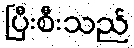
ပြီးစီးသည်